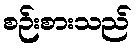
စဉ်းစားသည်